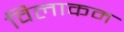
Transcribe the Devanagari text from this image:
विलाकम